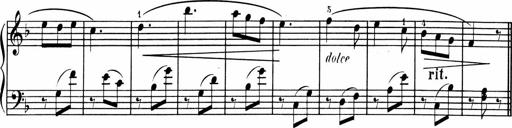
Title: 1Ã¨re Sonatine
Composer: FrÃ©dÃ©ric Binet